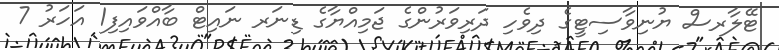
ޓޭލާރސް ޔުނިވާސިޓީގެ ދިވެހި ދަރިވަރުންގެ ޖަމިއްޔާގެ ޑިނަރ ނައިޓް ބާއްވައިފި1 އަހަރު 7